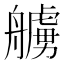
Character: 艣